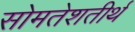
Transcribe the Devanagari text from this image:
सोमतेशतीर्थ